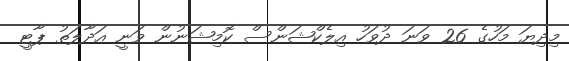
މިދިޔަ މަހުގެ 26 ވަނަ ދުވަހު އިލެކްޝަންސް ކޮމިޝަނުން ވަނީ އަދާލަތު ޕާޓީ